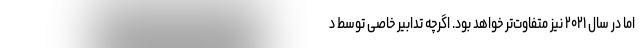
اما در سال ۲۰۲۱ نیز متفاوت‌تر خواهد بود. اگرچه تدابیر خاصی توسط د